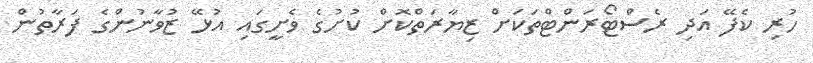
ހުރި ކެފޭ އަދި ރެސްޓޯރަންޓްތަކަށް ޒިޔާރަތްކޮށް ކުށުގެ ވެށީގައި އުޅޭ ޒުވާނުންގެ ފަރާތުން